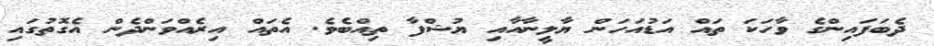
ދެބަފައިންގެ ވާހަކަ ތައް އަޑުއަހަން ޔާލީނާއާއި ޔުޝްފާ ތިއްބެވެ. އެތައް އިރެއްވަންދެން އެގޮތުގައި